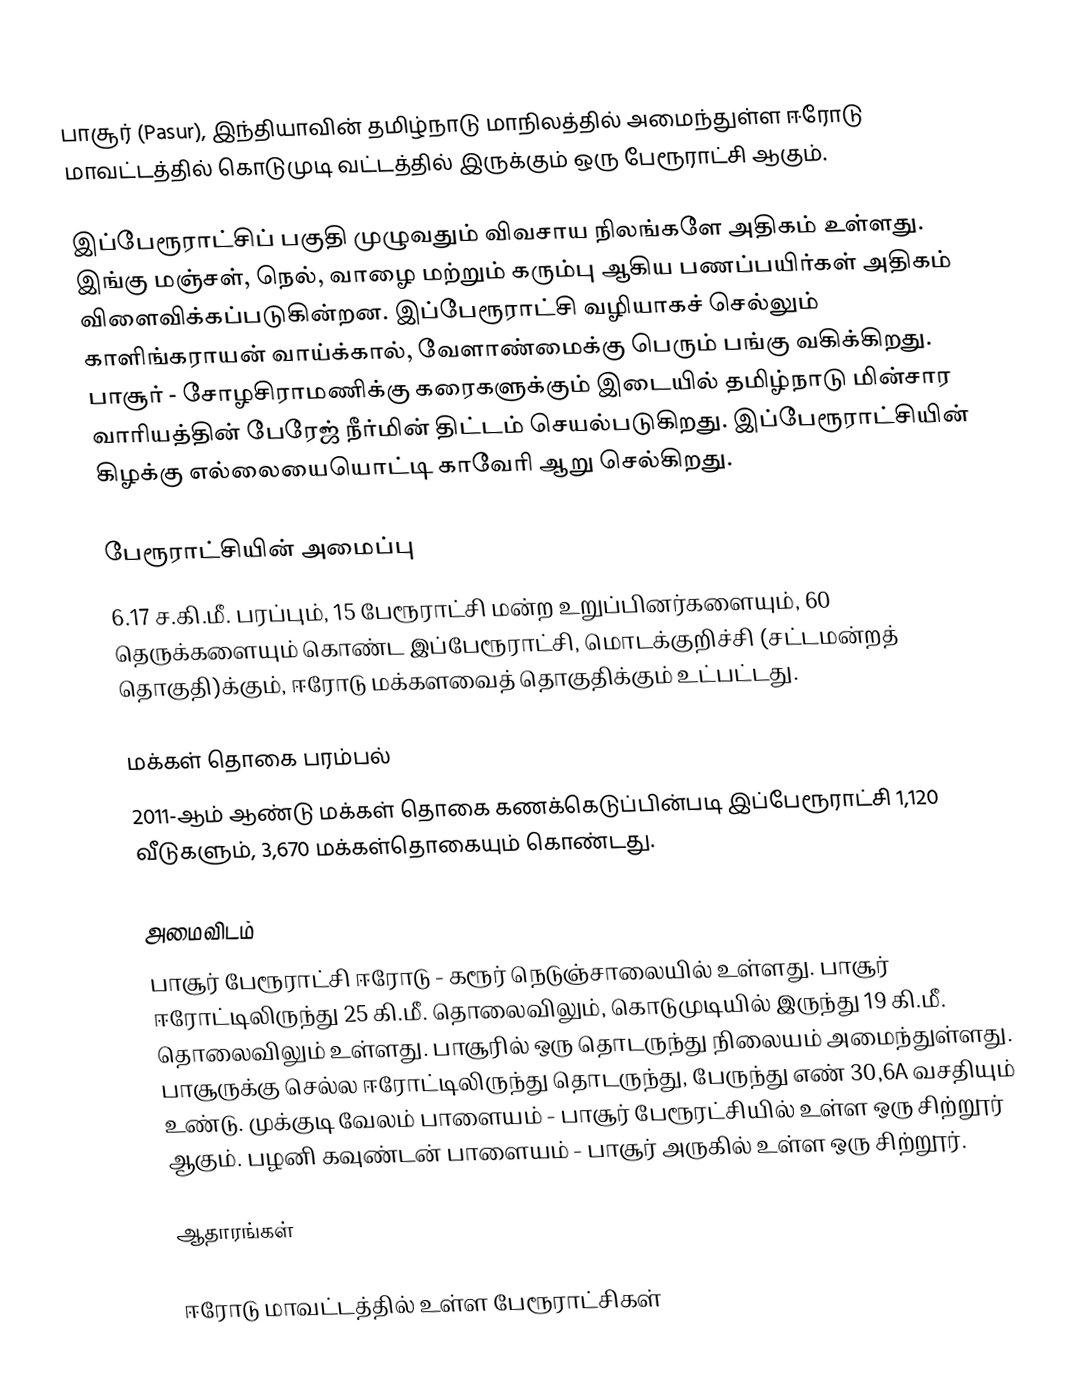
பாசூர் (Pasur), இந்தியாவின் தமிழ்நாடு மாநிலத்தில் அமைந்துள்ள ஈரோடு மாவட்டத்தில்  கொடுமுடி வட்டத்தில் இருக்கும் ஒரு பேரூராட்சி ஆகும்.

இப்பேரூராட்சிப் பகுதி முழுவதும் விவசாய நிலங்களே அதிகம் உள்ளது. இங்கு மஞ்சள், நெல், வாழை மற்றும் கரும்பு ஆகிய பணப்பயிர்கள் அதிகம் விளைவிக்கப்படுகின்றன.  இப்பேரூராட்சி வழியாகச் செல்லும் காளிங்கராயன் வாய்க்கால், வேளாண்மைக்கு பெரும் பங்கு வகிக்கிறது. பாசூர் - சோழசிராமணிக்கு கரைகளுக்கும் இடையில் தமிழ்நாடு மின்சார வாரியத்தின் பேரேஜ் நீர்மின் திட்டம் செயல்படுகிறது. இப்பேரூராட்சியின் கிழக்கு எல்லையையொட்டி காவேரி ஆறு செல்கிறது.

பேரூராட்சியின் அமைப்பு
6.17 ச.கி.மீ. பரப்பும், 15 பேரூராட்சி மன்ற  உறுப்பினர்களையும், 60 தெருக்களையும் கொண்ட இப்பேரூராட்சி, மொடக்குறிச்சி   (சட்டமன்றத் தொகுதி)க்கும், ஈரோடு மக்களவைத் தொகுதிக்கும் உட்பட்டது.

மக்கள் தொகை பரம்பல்
2011-ஆம் ஆண்டு மக்கள் தொகை கணக்கெடுப்பின்படி  இப்பேரூராட்சி   1,120   வீடுகளும்,   3,670 மக்கள்தொகையும் கொண்டது.

அமைவிடம்
பாசூர் பேரூராட்சி  ஈரோடு - கரூர் நெடுஞ்சாலையில் உள்ளது. பாசூர் ஈரோட்டிலிருந்து 25 கி.மீ. தொலைவிலும், கொடுமுடியில் இருந்து 19 கி.மீ. தொலைவிலும் உள்ளது. பாசூரில் ஒரு தொடருந்து நிலையம் அமைந்துள்ளது. பாசூருக்கு செல்ல ஈரோட்டிலிருந்து தொடருந்து, பேருந்து எண் 30,6A வசதியும் உண்டு. முக்குடி வேலம் பாளையம் - பாசூர் பேரூரட்சியில் உள்ள ஒரு சிற்றூர் ஆகும். பழனி கவுண்டன் பாளையம் - பாசூர் அருகில் உள்ள ஒரு சிற்றூர்.

ஆதாரங்கள்

ஈரோடு மாவட்டத்தில் உள்ள பேரூராட்சிகள்